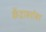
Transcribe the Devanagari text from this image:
केंद्राबरोबर